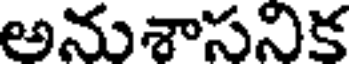
అనుశాసనిక